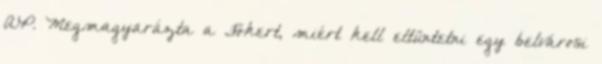
AP. Megmagyarázta a Főkert, miért kell eltüntetni egy belvárosi